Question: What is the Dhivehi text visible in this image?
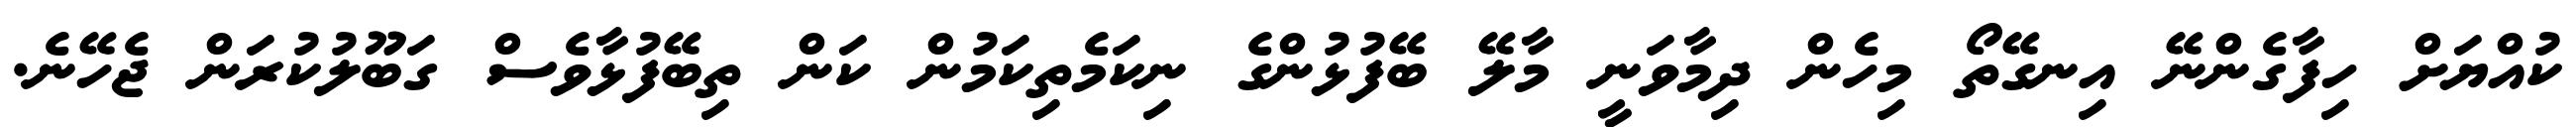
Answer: ކުއްޔަށް ހިފާގެންނޭ އިނގޭތޯ މިހެން ދިމާވަނީ މާލޭ ބޭފުޅުންގެ ނިކަމެތިކަމުން ކަން ތިބޭފުޅާވެސް ގަބޫލުކުރަން ޖެހޭނެ.